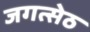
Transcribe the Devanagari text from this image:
जगत्सेठ